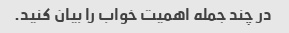
در چند جمله اهمیت خواب را بیان کنید.